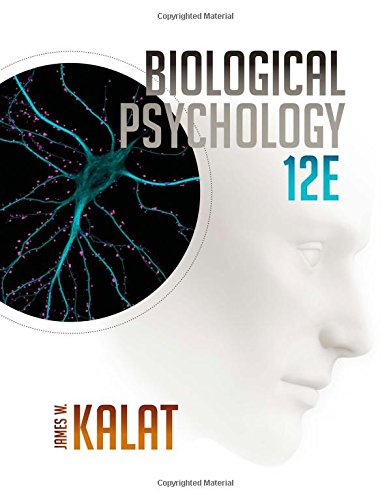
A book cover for Biological Psychology; James W. Kalat; Medical Books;